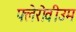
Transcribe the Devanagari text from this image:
फ्लेरोवीउम